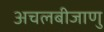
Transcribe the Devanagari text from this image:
अचलबीजाणु